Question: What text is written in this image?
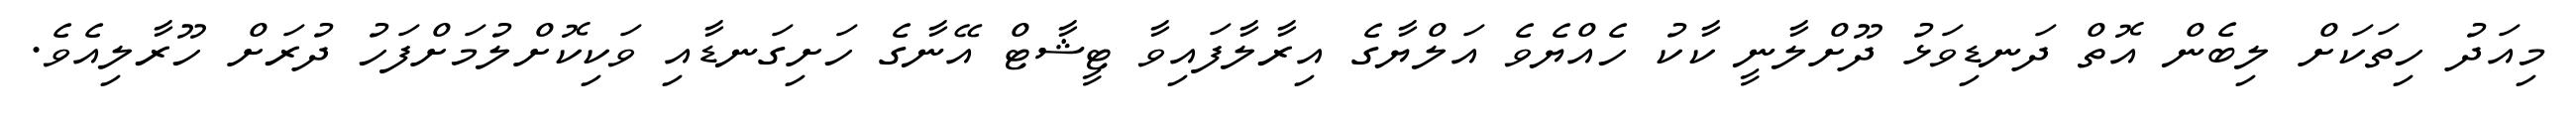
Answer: މިއަދު ހިތަކަށް ލިބެން އޮތް ދަނޑިވަޅު ދޫށްލާނީ ކާކު ހެއްޔެވެ އަލްޔާގެ އިރާލާފައިވާ ޓީޝާޓް އޭނާގެ ހަށިގަނޑާއި ވަކިކޮށްލުމަށްފަހު ދުރަށް ހޫރާލިއެވެ.